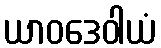
ယာဝဒေဝါယံ